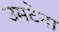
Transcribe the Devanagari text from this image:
उमटेना